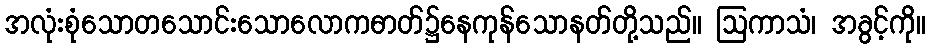
အလုံးစုံသောတသောင်းသောလောကဓာတ်၌နေကုန်သောနတ်တို့သည်။ ဩကာသံ၊ အခွင့်ကို။